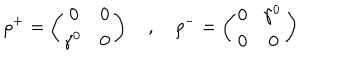
LaTeX: \rho ^ { + } = \left( \begin{array} { c c } { { 0 } } & { { 0 } } \\ { { \! \gamma ^ { 0 } } } & { { 0 } } \\ \end{array} \right) \quad , \quad \rho ^ { - } = \left( \begin{array} { c c } { { 0 } } & { { \! \gamma ^ { 0 } } } \\ { { 0 } } & { { 0 } } \\ \end{array} \right)